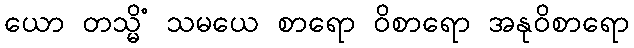
ယော တသ္မိံ သမယေ စာရော ဝိစာရော အနုဝိစာရော